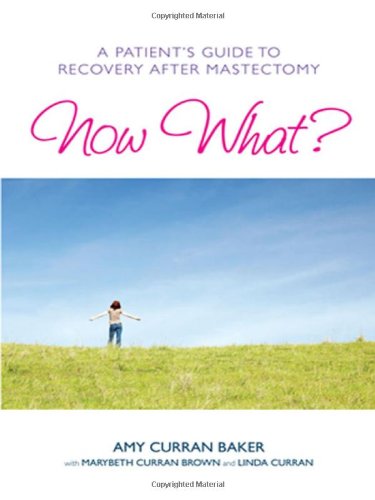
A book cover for Now What? A Patient's Guide to Recovery After Mastectomy; Amy Curran Baker; Health, Fitness & Dieting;